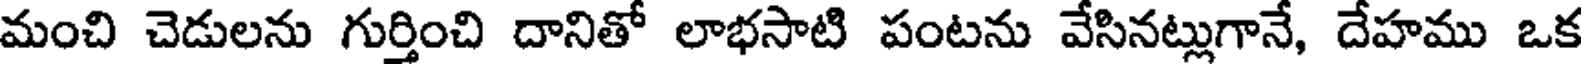
మంచి చెడులను గుర్తించి దానితో లాభసాటి పంటను వేసినట్లుగానే, దేహము ఒక